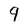
Character: 9